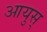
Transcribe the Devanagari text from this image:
आयुस्